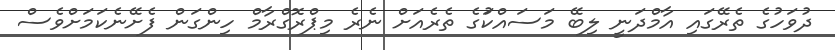
ދުވަހުގެ ތެރޭގައި އާމްދަނީ ލިބޭ މަސައްކަުގެ ތެރެއަށް ނެރެ މިޕްރޮގްރާމް ހިންގަން ފެށޭނެކަމަށްވެސް